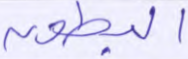
البطون